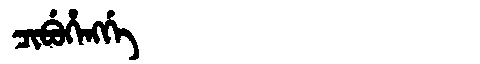
Manchu: ᠴᡳᠪᡠᡥᡝᠩᡤᡝ
Romanization: CIBUHENGGE